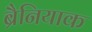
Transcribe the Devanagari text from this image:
ब्रैनियाक